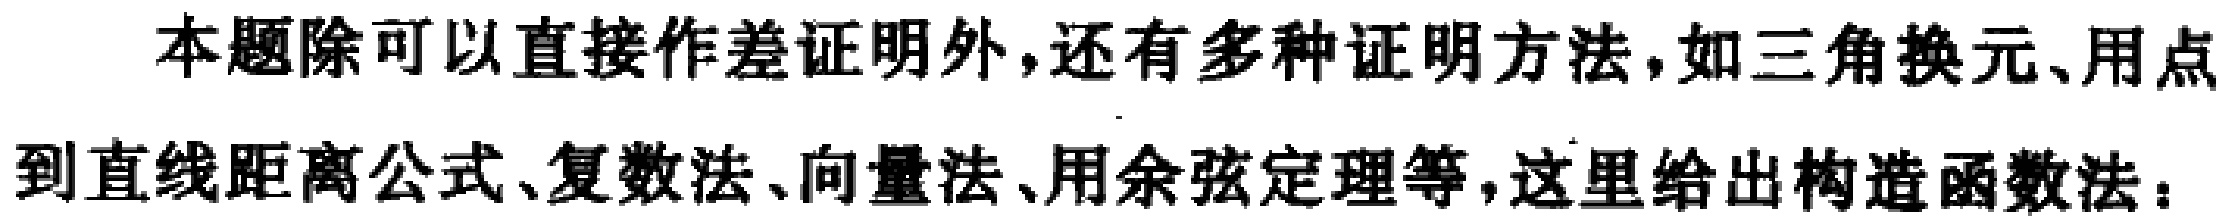
本题除可以直接作差证明外,还有多种证明方法,如三角换元、用点到直线距离公式、复数法、向量法、用余弦定理等,这里给出构造函数法：